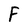
Character: F